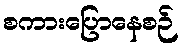
စကားပြောနေစဉ်